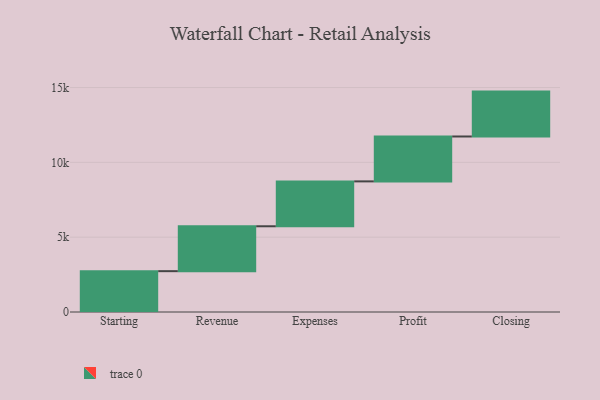
{"axis": {"x": "Step", "y": "Value"}, "legend": [""], "data": [{"x": "Starting", "y": 2729.0, "type": ""}, {"x": "Revenue", "y": 3000, "type": ""}, {"x": "Expenses", "y": 3000, "type": ""}, {"x": "Profit", "y": 3000, "type": ""}, {"x": "Closing", "y": 3000, "type": ""}]}